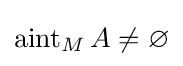
\operatorname {aint} _{M}A\neq \varnothing